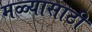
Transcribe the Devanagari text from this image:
मळ्यासाठी